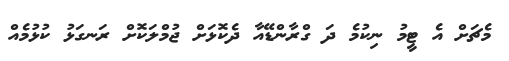
މެޗަށް އެ ޓީމު ނިކުމެ ދަ ގްރާންޑޭއާ ދެކޮޅަށް ޖުމްލަކޮށް ރަނގަޅު ކުޅުމެއް